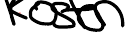
Kosten